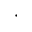
\cdot